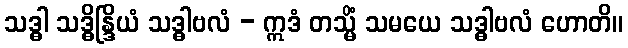
သဒ္ဓါ သဒ္ဓိန္ဒြိယံ သဒ္ဓါဗလံ - ဣဒံ တသ္မိံ သမယေ သဒ္ဓါဗလံ ဟောတိ။